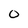
Character: 0